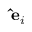
\mathbf { \hat { e } } _ { i }